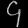
Digit: ၄